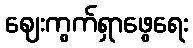
ဈေးကွက်ရှာဖွေရေး